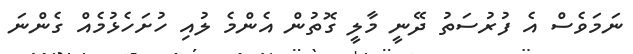
ނަމަވެސް އެ ފުރުސަތު ދޭނީ މާލީ ގޮތުން އެންމެ ލުއި ހުށަހެޅުމެއް ގެންނަ